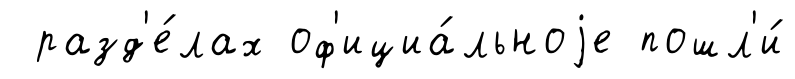
разд'е́лах оф'ициа́льноjе пошл'и́